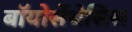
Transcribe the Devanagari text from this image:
बॉयोसेंथेसिस